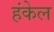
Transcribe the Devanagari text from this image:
हंकेल